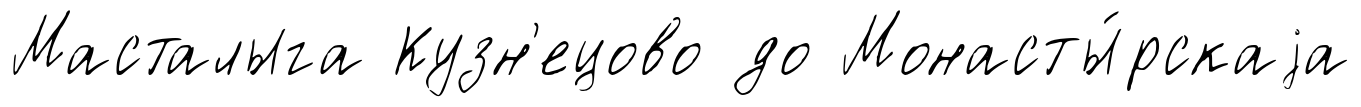
Масталыга Кузн'ецово до Монасты́рскаjа